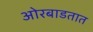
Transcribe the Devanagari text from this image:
ओरबाडतात